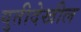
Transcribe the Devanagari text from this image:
युतीदेखील